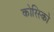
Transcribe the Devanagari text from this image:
कोरिस्को